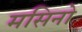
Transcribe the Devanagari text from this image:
मसिनो